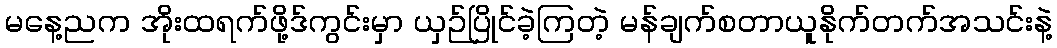
မနေ့ညက အိုးထရက်ဖို့ဒ်ကွင်းမှာ ယှဉ်ပြိုင်ခဲ့ကြတဲ့ မန်ချက်စတာယူနိုက်တက်အသင်းနဲ့